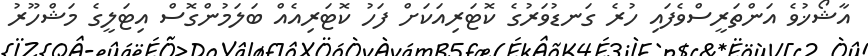
އާޝޯޚުވެ އަންތަރީސްވެފައި ހުރެ ގަނޑުވަރުގެ ކޮޓަރިއަކަށް ފަހު ކޮޓަރިއެއް ބަލަމުންގޮސް އިޓަލީގެ މަޝްހޫރު